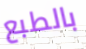
بالطبع